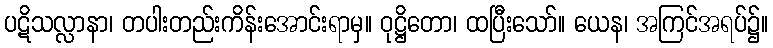
ပဋိသလ္လာနာ၊ တပါးတည်းကိန်းအောင်းရာမှ။ ဝုဋ္ဌိတော၊ ထပြီးသော်။ ယေန၊ အကြင်အရပ်၌။